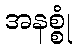
အနစ္စုံ